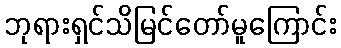
ဘုရားရှင်သိမြင်တော်မူကြောင်း